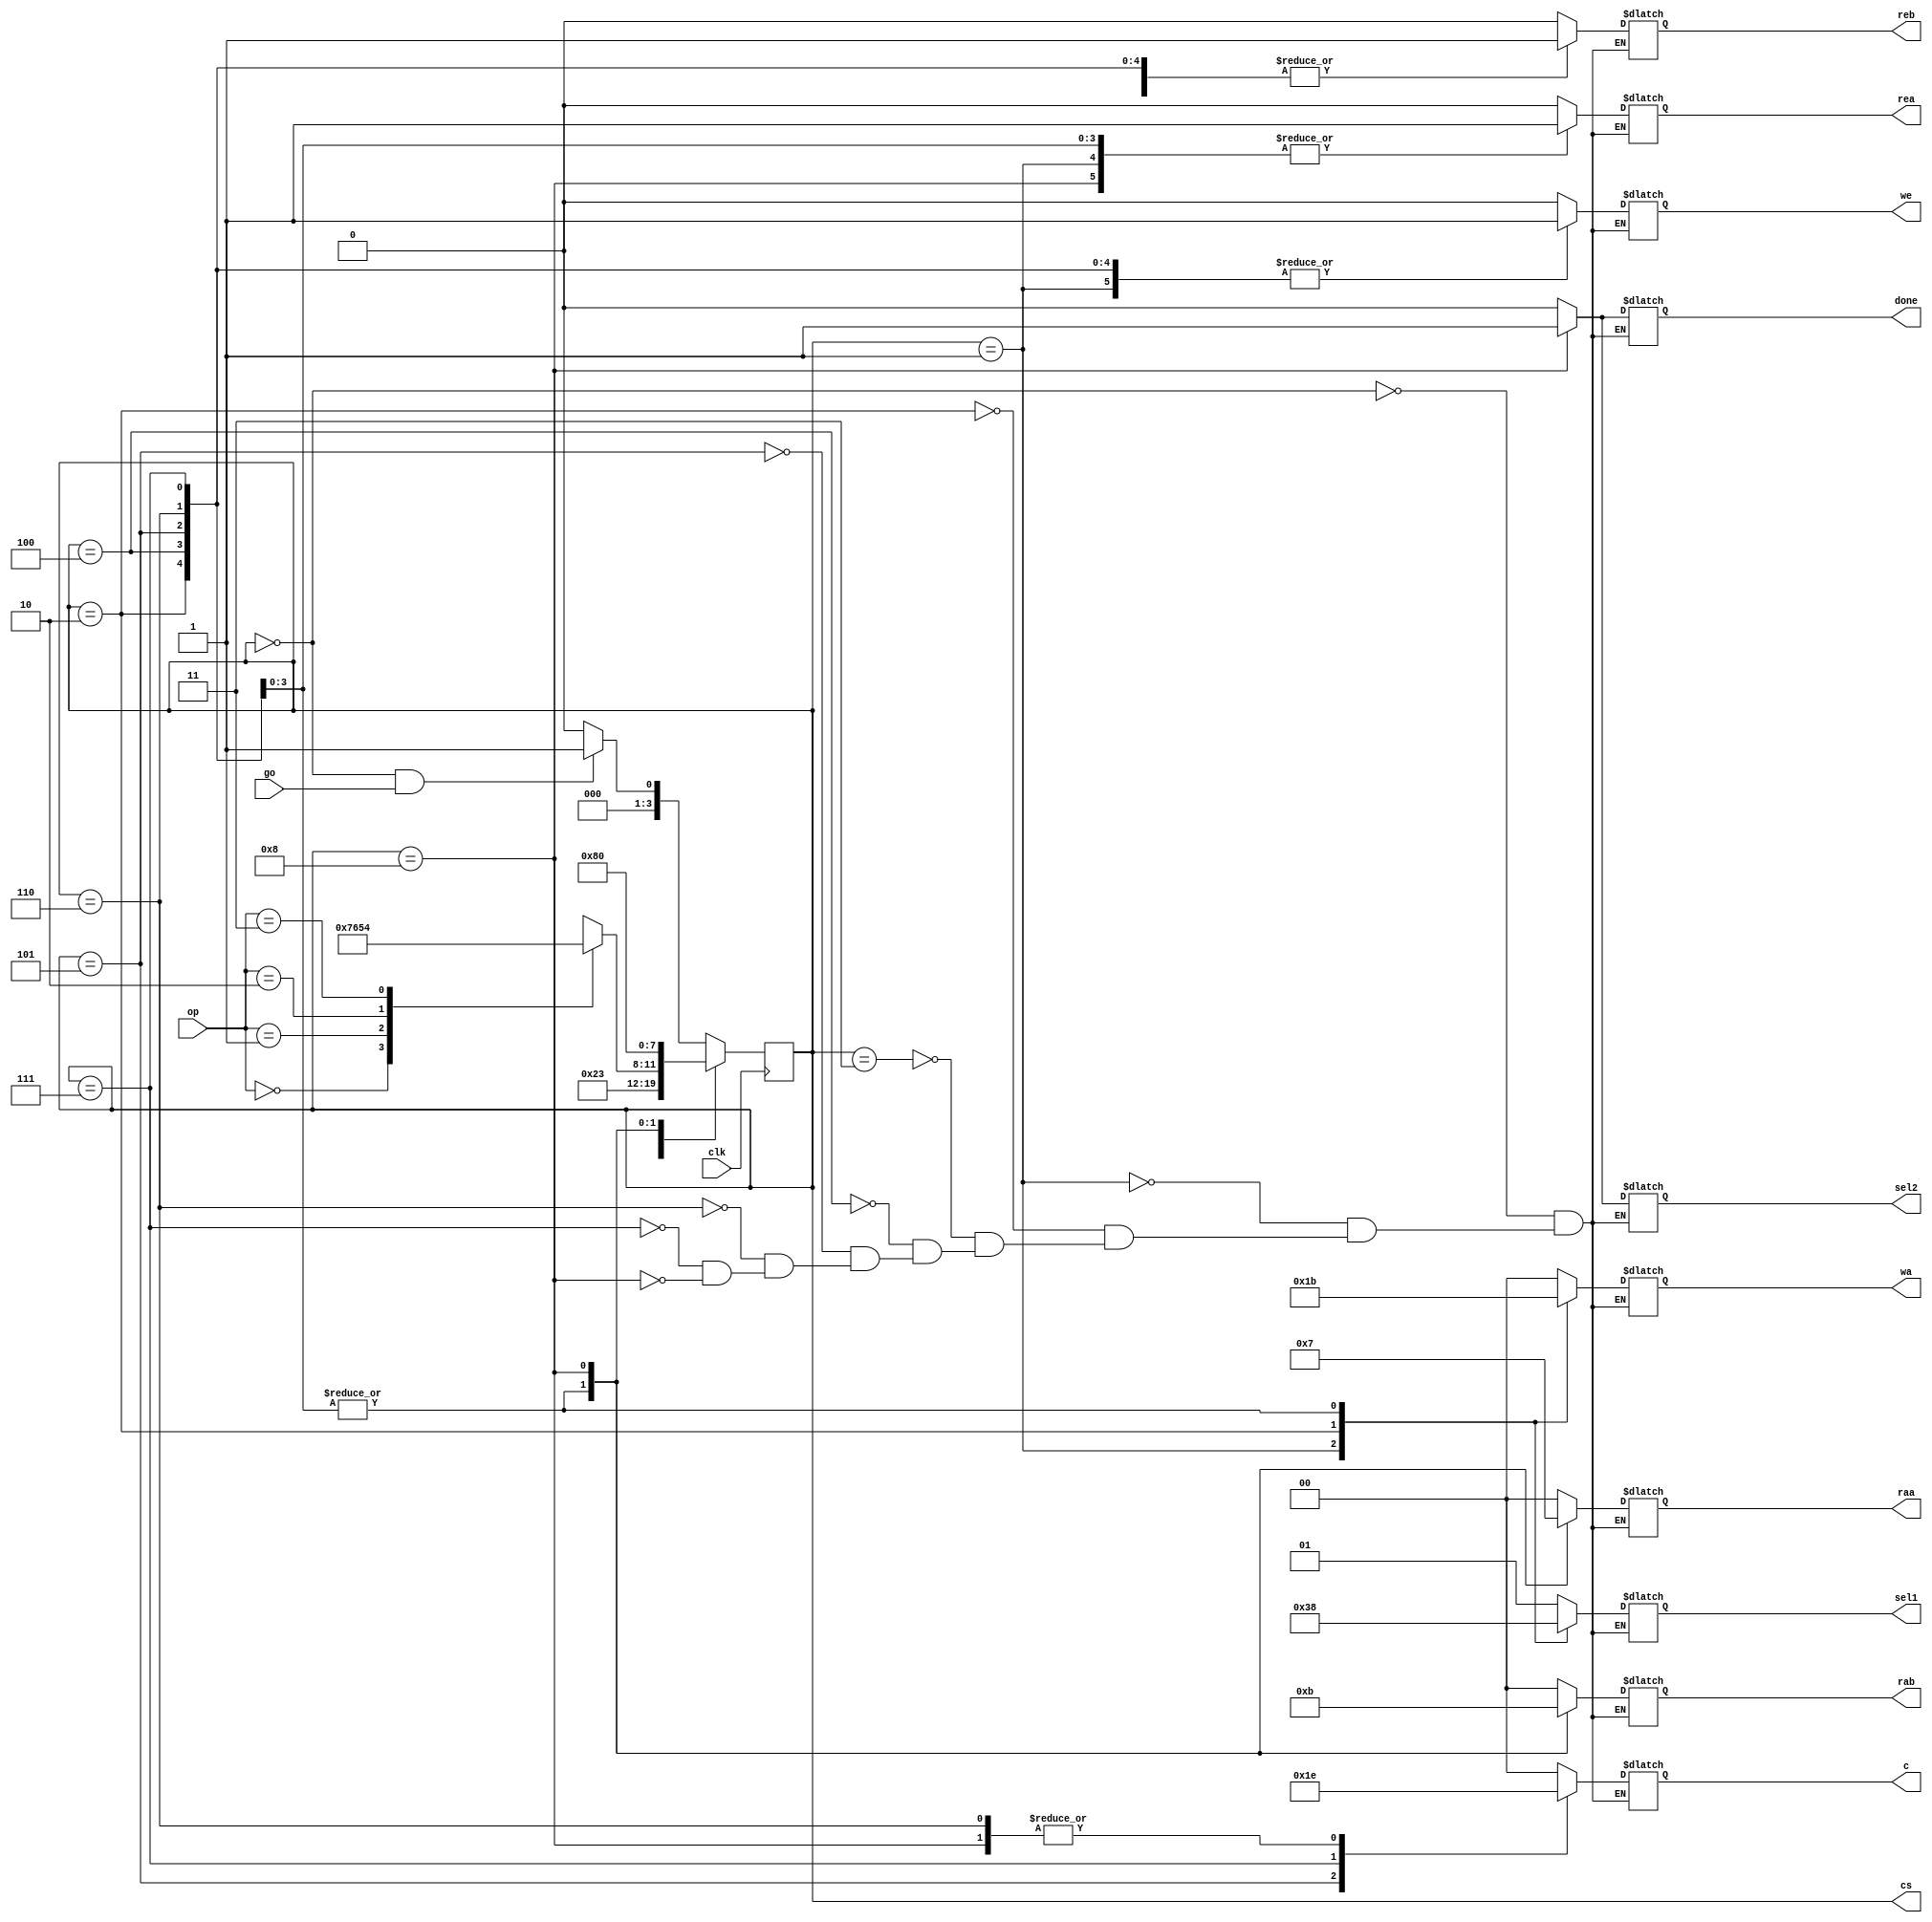
module CUALU(input clk, go, input [1:0] op  ,output reg [3:0] cs, output reg [1:0]sel1,wa,raa,rab,c,output reg we,rea,reb,sel2,done );

integer a;

    reg [3:0] ns; 
    
    always @(go, op, cs)
    begin
        if(cs == 0 && go) ns = 1;
        else if(cs == 0 && go ==0) ns = 0;
        else ns =0;
        
        case(cs)
        1: ns = 2;
        2: ns = 3;
        3: begin
                case(op)
                    0: ns = 7;
                    1: ns = 6;
                    2: ns = 5;
                    3: ns = 4;
                endcase
           end
        4: ns = 8;
        5: ns = 8;
        6: ns = 8;
        7: ns = 8;   
        8: ns = 0;
        endcase
    end

    always @(posedge clk)
        cs <= ns;

    always @ ( cs)
    begin
        case (cs)
        0: begin                   
                sel1 =1; 
                wa =0; 
                we =0;
                raa =0;
                rea =0;
                rab =0;
                reb =0;
                c =0;
                sel2 =0;
                done =0;
           end
        1: begin                   
                   sel1 =3; 
                   wa =1; 
                   we =1;
                   raa =0;
                   rea =1;
                   rab =0;
                   reb =0;
                   c =0;
                   sel2 =0;
                   done =0;
              end
        2: begin                   
                    sel1 =2; 
                    wa =2; 
                    we =1;
                    raa =0;
                    rea =0;
                    rab =0;
                    reb =1;
                    c =0;
                    sel2 =0;
                    done =0;
                  end 
        3: begin                   
                     sel1 =1; 
                     wa =0; 
                     we =0;
                     raa =0;
                     rea =0;
                     rab =0;
                     reb = 0;
                     c =0;
                     sel2 =0;
                     done =0;
                     end        
        4: begin                   
                     sel1 =0; 
                     wa =3; 
                     we =1;
                     raa =1;
                     rea =1;
                     rab =2;
                     reb =1;
                     c =0;
                     sel2 =0;
                     done =0;
                     end 
        5: begin                   
                     sel1 =0; 
                     wa =3; 
                     we =1;
                     raa =1;
                     rea =1;
                     rab =2;
                     reb =1;
                     c =1;
                     sel2 =0;
                     done =0;
                     end                                
        6: begin                   
                     sel1 =0; 
                     wa =3; 
                     we =1;
                     raa =1;
                     rea =1;
                     rab =2;
                     reb =1;
                     c =2;
                     sel2 =0;
                     done =0;
                     end                           
        7: begin                   
                     sel1 =0; 
                     wa =3; 
                     we =1;
                     raa =1;
                     rea =1;
                     rab =2;
                     reb =1;
                     c =3;
                     sel2 =0;
                     done =0;
                     end
     
        8: begin
        
                     sel1 =1; 
                     wa =0; 
                     we =0;
                     raa =3;
                     rea =1;
                     rab =3;
                     reb =1;
                     c =2;
                     sel2 =1;
                     done =1;
                                                      
                                                                                        
                     end
     
        
     
        endcase  

end


endmodule